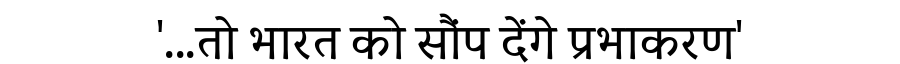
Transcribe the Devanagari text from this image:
'...तो भारत को सौंप देंगे प्रभाकरण'